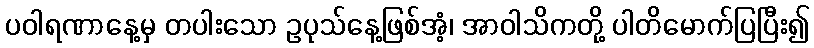
ပဝါရဏာနေ့မှ တပါးသော ဥပုသ်နေ့ဖြစ်အံ့၊ အာဝါသိကတို့ ပါတိမောက်ပြပြီး၍